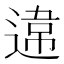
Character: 𨔻